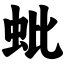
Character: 蚍